Senior Leaving Certificate Examination (including Day School Certificate (Higher) General paper), 1947
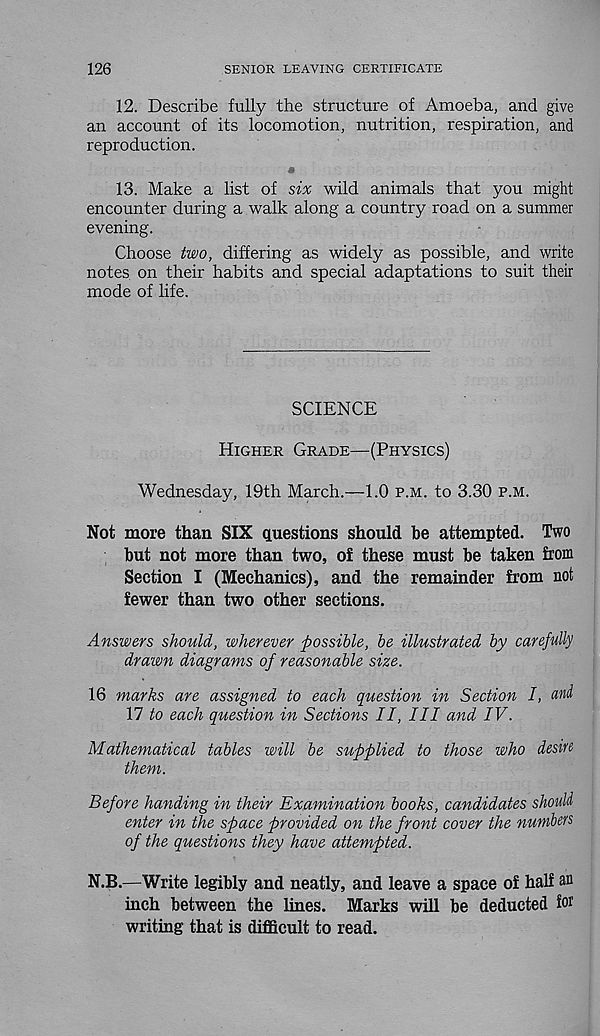
126
SENIOR LEAVING CERTIFICATE
12. Describe fully the structure of Amoeba, and give
an account of its locomotion, nutrition, respiration, and
reproduction.
«
13. Make a list of six wild animals that you might
encounter during a walk along a country road on a summer
evening.
Choose two, differing as widely as possible, and write
notes on their habits and special adaptations to suit their
mode of life.
SCIENCE
Higher Grade—(Physics)
Wednesday, 19th March.—1.0 p.m. to 3.30 p.m.
Not more than SIX questions should be attempted. Two
but not more than two, of these must be taken from
Section I (Mechanics), and the remainder from not
fewer than two other sections.
Answers should, wherever possible, be illustrated by carefully
drawn diagrams of reasonable size.
16 marks are assigned to each question in Section I, and
17 to each question in Sections II, III and IV.
Mathematical tables will be supplied to those who desire
them.
Before handing in their Examination books, candidates should
enter in the space provided on the front cover the numbers
of the questions they have attempted.
N.B.—Write legibly and neatly, and leave a space of half an
inch between the lines. Marks will be deducted for
writing that is difficult to read.